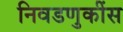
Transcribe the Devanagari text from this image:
निवडणुकींस